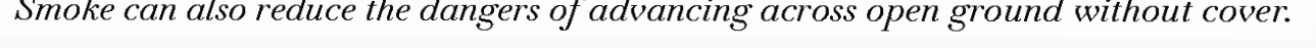
Smoke can also reduce the dangers of advancing across open ground without cover.